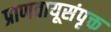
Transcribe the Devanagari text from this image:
प्राणवायूसंपृक्त